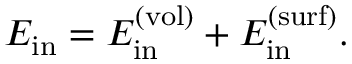
E _ { \mathrm { i n } } = E _ { \mathrm { i n } } ^ { ( \mathrm { v o l } ) } + E _ { \mathrm { i n } } ^ { ( \mathrm { s u r f } ) } .